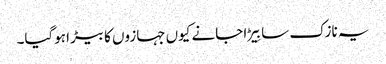
یہ نازک سا بِیڑا جانے کیوں جہازوں کا بیڑا ہوگیا۔